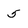
Character: 5